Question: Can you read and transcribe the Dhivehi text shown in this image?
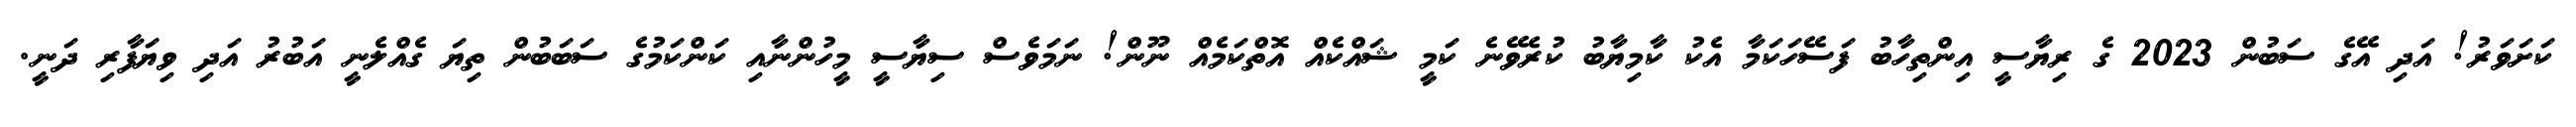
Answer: ކަށަވަރު! އަދި އޭގެ ސަބުން 2023 ގެ ރިޔާސީ އިންތިހާބު ފަސޭހަކަމާ އެކު ކާމިޔާބު ކުރެވޭނެ ކަމީ ޝައްކެއް އޮތްކަމެއް ނޫން! ނަމަވެސް ސިޔާސީ މީހުންނާއި ކަންކަމުގެ ސަބަބުން ތިޔަ ގެއްލެނީ އަބުރު އަދި ވިޔަފާރި ދަނީ.